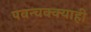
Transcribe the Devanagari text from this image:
पवन्चक्क्याही